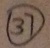
\textcircled { 3 7 }